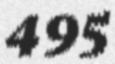
495